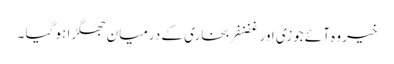
خیر وہ آئے جوزی اور غضنفر بخاری کے درمیان جھگڑا ہو گیا ۔